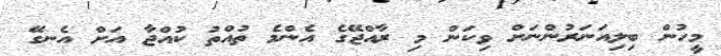
މީހުން ބިލިއަނަރުންނަށް ވިކަން މި ރާއްޖޭގެ އެންމެ ތުއްތު ކުއްޖާ އަށް އެނގޭ